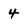
Character: 4